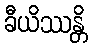
ခီယိဿန္တိ